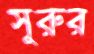
সুরুর